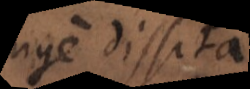
longe dissita